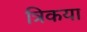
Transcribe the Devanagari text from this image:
त्रिकया